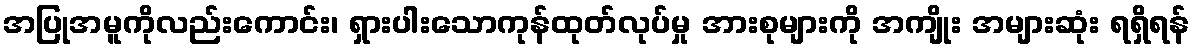
အပြုအမူကိုလည်းကောင်း၊ ရှားပါးသောကုန်ထုတ်လုပ်မှု အားစုများကို အကျိုး အများဆုံး ရရှိရန်